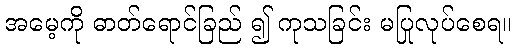
အမေ့ကို ဓာတ်ရောင်ခြည် ၍ ကုသခြင်း မပြုလုပ်စေရ။